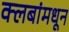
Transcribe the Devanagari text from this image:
क्लबांमधून